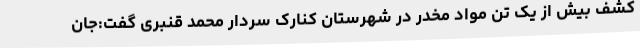
کشف بیش از یک تن مواد مخدر در شهرستان کنارک سردار محمد قنبری گفت:جان